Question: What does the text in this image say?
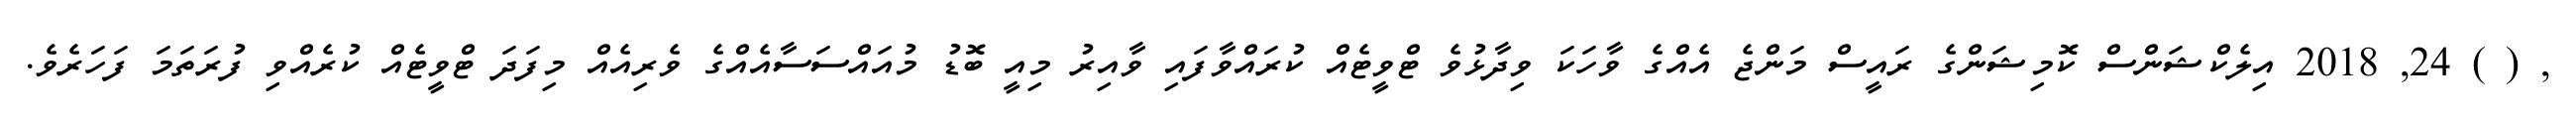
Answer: , ( ) 24, 2018 އިލެކްޝަންސް ކޮމިޝަންގެ ރައީސް މަންޖެ އެއްގެ ވާހަކަ ވިދާޅުވެ ޓްވީޓެއް ކުރައްވާފައި ވާއިރު މިއީ ބޮޑު މުއައްސަސާއެއްގެ ވެރިއެއް މިފަދަ ޓްވީޓެއް ކުރެއްވި ފުރަތަމަ ފަހަރެވެ.